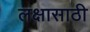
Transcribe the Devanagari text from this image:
लक्षासाठी